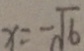
x = - \sqrt { 6 }